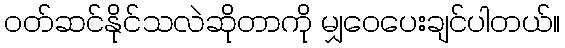
ဝတ်ဆင်နိုင်သလဲဆိုတာကို မျှဝေပေးချင်ပါတယ်။